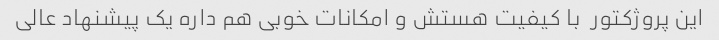
این پروژکتور  با کیفیت هستش و امکانات خوبی هم داره یک پیشنهاد عالی